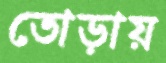
তোড়ায়